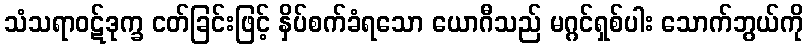
သံသရာဝဋ်ဒုက္ခ ငတ်ခြင်းဖြင့် နှိပ်စက်ခံရသော ယောဂီသည် မဂ္ဂင်ရှစ်ပါး သောက်ဘွယ်ကို